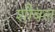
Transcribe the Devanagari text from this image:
शौबल